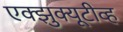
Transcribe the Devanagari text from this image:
एक्झुक्यूटीव्ह